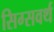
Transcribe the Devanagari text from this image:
सिग्सवर्थ